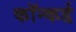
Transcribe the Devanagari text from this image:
कॉन्कर्ड